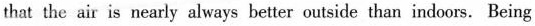
that the air is nearly always better outside than indoors. Being